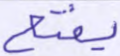
يفتح